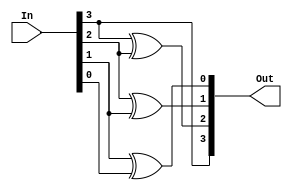
module bcdToGray_beh(Out,In);
    input [3:0]In;
    integer i;
    output [3:0]Out;
    reg [3:0]Out;
    always@(In)
        begin   
            Out[3]=In[3];
            for(i=3; i>0; i=i-1)
                Out[i-1]=In[i]^In[i-1];
        end
endmodule